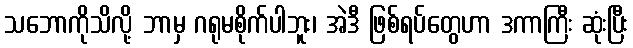
သဘောကိုသိလို့ ဘာမှ ဂရုမစိုက်ပါဘူး၊ အဲဒီ ဖြစ်ရပ်တွေဟာ ဒကာကြီး ဆုံးပြီး